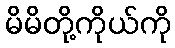
မိမိတို့ကိုယ်ကို